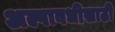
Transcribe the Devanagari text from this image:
अल्पावधीसाठी